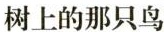
树上的那只鸟